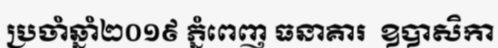
ប្រចាំឆ្នាំ២០១៩ ភ្នំពេញ ធនាគារ  ឧបាសិកា